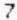
7